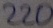
Text: 220